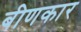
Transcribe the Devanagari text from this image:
बीणकार